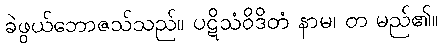
ခဲဖွယ်ဘောဇသ်သည်။ ပဋိသံဝိဒိတံ နာမ၊ တ မည်၏။